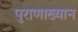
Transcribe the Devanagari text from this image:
पुराणाख्यान